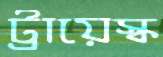
ট্রায়েস্ক